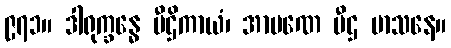
၉၇၁။ ဒါရုက္ခန္ဓေ ပီဌိကာယံ၊ အာပဏေ ပီဌ မာသနေ။